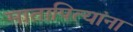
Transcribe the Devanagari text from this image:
मातापित्यांना